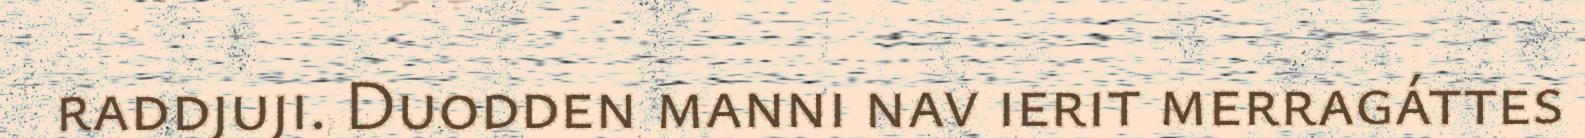
raddjuji. Duodden manni nav ierit merragáttes